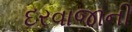
દરવાજાની